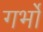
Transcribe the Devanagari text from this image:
गर्भों